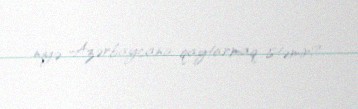
niyə Azərbaycana qaytarmaq istəmir?.